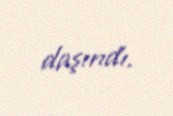
daşındı.